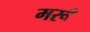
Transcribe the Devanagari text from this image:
मरूँ